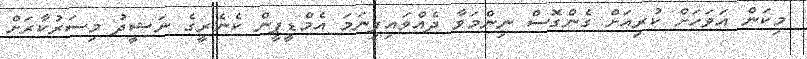
މިކަން އަވަހަށް ކުރިއަށް ގެންގޮސް ނިންމަވާ ދެއްވައިފިނަމަ އެމްޑީޕީން ކެނެރީގެ ނަޝީދު މިސަރުކާރަށް